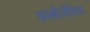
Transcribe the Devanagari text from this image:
अल्बीजेंसियां